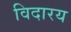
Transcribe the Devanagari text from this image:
विदारय